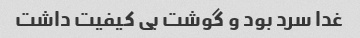
غدا سرد بود و گوشت بی کیفیت داشت